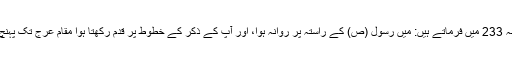
خطبہ 233 میں فرماتے ہیں: میں رسول (ص) کے راستہ پر روانہ ہوا، اور آپ کے ذکر کے خطوط پر قدم رکھتا ہوا مقامِ عرج تک پہنچ گیا۔